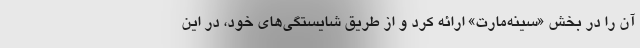
آن را در بخش «سینه‌مارت» ارائه کرد و از طریق شایستگی‌های خود، در این